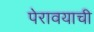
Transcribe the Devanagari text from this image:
पेरावयाची